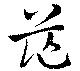
茫